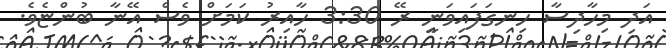
އަދި މިހާދިސާ ހިނގަފައިވަނީ ރޭ 3:30 ހާއިރު ކަމަށް ވެސް އޭނާ ބުންޏެވެ.